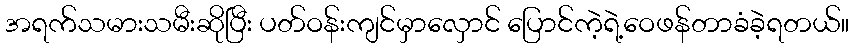
အရက်သမားသမီးဆိုပြီး ပတ်ဝန်းကျင်မှာလှောင် ပြောင်ကဲ့ရဲ့ဝေဖန်တာခံခဲ့ရတယ်။